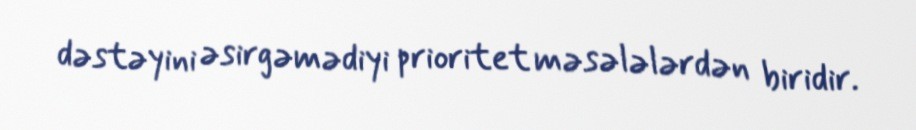
dəstəyini əsirgəmədiyi prioritet məsələlərdən biridir.